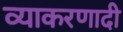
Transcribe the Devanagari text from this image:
व्याकरणादी